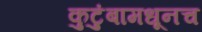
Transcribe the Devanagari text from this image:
कुटुंबामधूनच